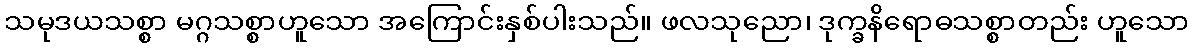
သမုဒယသစ္စာ မဂ္ဂသစ္စာဟူသော အကြောင်းနှစ်ပါးသည်။ ဖလသုညော၊ ဒုက္ခနိရောဓသစ္စာတည်း ဟူသော